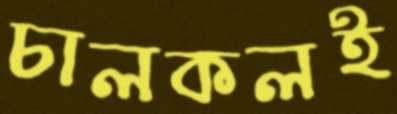
চালকলই